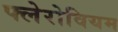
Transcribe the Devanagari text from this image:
फ्लेरोवियम